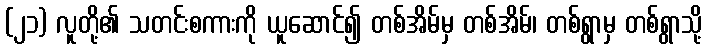
(၂၁) လူတို့၏ သတင်းစကားကို ယူဆောင်၍ တစ်အိမ်မှ တစ်အိမ်၊ တစ်ရွာမှ တစ်ရွာသို့